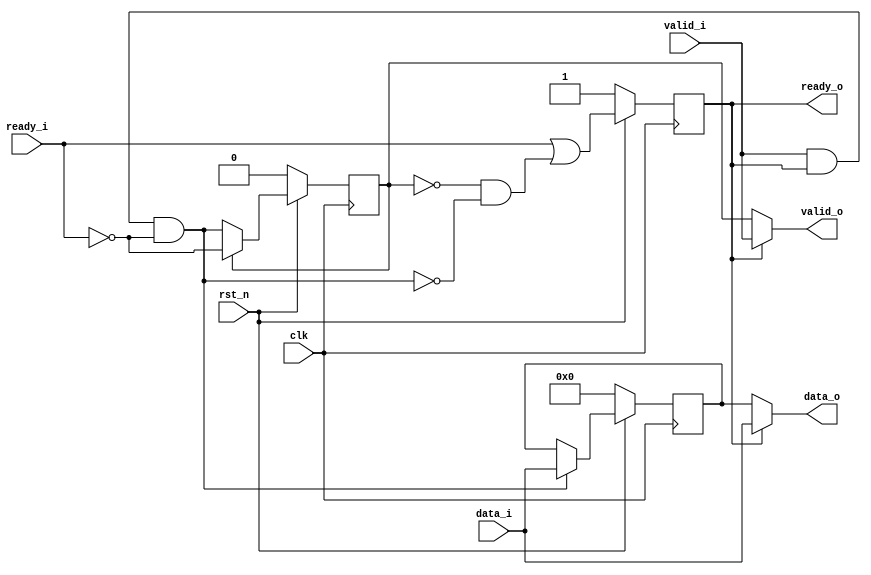
module bus_ready_delay(
    clk, rst_n, valid_i, valid_o, ready_i, ready_o, data_i, data_o
);

parameter WIDTH = 32;

input        clk;
input        rst_n;
input        valid_i;
input        ready_i;
input[WIDTH-1:0]   data_i;
output[WIDTH-1:0]  data_o;
output       valid_o;
output  reg  ready_o;

wire store_data;
reg[WIDTH-1:0]    buffered_data;
reg               buffer_valid;

assign store_data = valid_i && ready_o && ~ready_i;
 
always @(posedge clk)
	if (!rst_n)  buffer_valid <= 1'b0;
	else        buffer_valid <= buffer_valid ? ~ready_i: store_data;
//Note: If now buffer has data, then next valid would be ~ready_i:   
//If downstream is ready, next cycle will be un-valid.    
//If downstream is not ready, keeping high. 
// If now buffer has no data, then next valid would be store_data, 1 for store;
always @(posedge clk)
	if (!rst_n)  buffered_data <= {WIDTH{1'b0}};
	else        buffered_data <= store_data ? data_i : buffered_data;

always @(posedge clk) begin
	if (!rst_n)  ready_o <= 1'b1; //rst_n can be 1.
	else        ready_o <= ready_i || ((~buffer_valid) && (~store_data)); //Bubule clampping
	end
//Downstream valid and data.
//Bypass
assign valid_o = ready_o? valid_i : buffer_valid;
assign data_o  = ready_o? data_i  : buffered_data;

endmodule